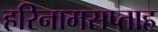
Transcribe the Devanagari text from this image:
हरिनामसप्ताह